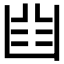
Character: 𠚒